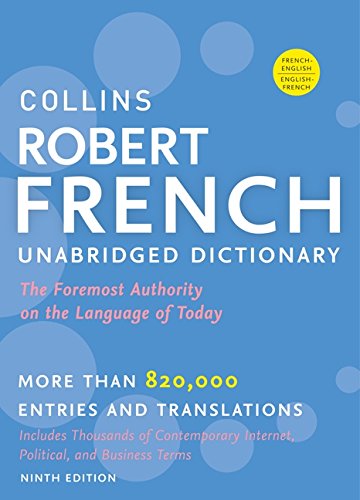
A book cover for Collins Robert French Unabridged Dictionary, 9th Edition (Collins Language); HarperCollins Publishers; Reference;